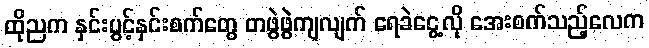
ထိုညက နှင်းပွင့်နှင်းစက်တွေ တဖွဲဖွဲကျလျက် ရေခဲငွေ့လို အေးစက်သည့်လေက